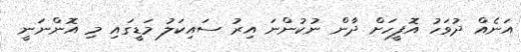
އަނެއް ދުވަހު އޮފީހަށް ދާން ނުކުންނަ އިރު ސައިކަލު މަޑީގައި މި އޮންނަނީ